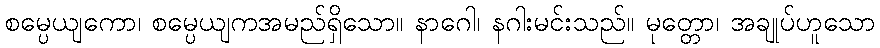
စမ္ပေယျကော၊ စမ္ပေယျကအမည်ရှိသော။ နာဂေါ၊ နဂါးမင်းသည်။ မုတ္တော၊ အချုပ်ဟူသော